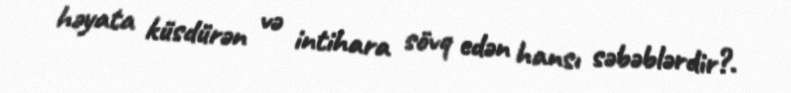
həyata küsdürən və intihara sövq edən hansı səbəblərdir?.